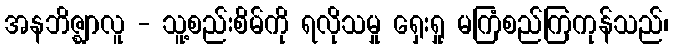
အနဘိဇ္ဈာလူ - သူ့စည်းစိမ်ကို ရလိုသမှု ရှေးရှု မကြံစည်ကြကုန်သည်၊